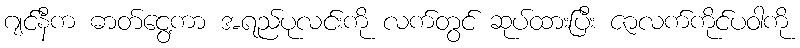
ဂျင်နီက ဓာတ်ငွေ့ကာ အရည်ပုလင်းကို လက်တွင် ဆုပ်ထားပြီး ဇာလက်ကိုင်ပဝါကို